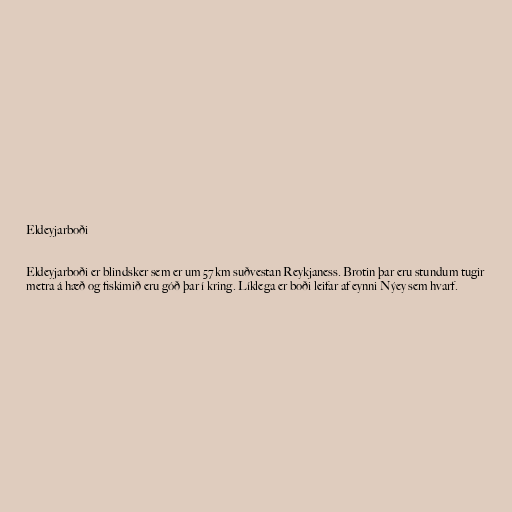
Eldeyjarboði

Eldeyjarboði er blindsker sem er um 57 km suðvestan Reykjaness. Brotin þar eru stundum tugir
metra á hæð og fiskimið eru góð þar í kring. Líklega er boði leifar af eynni Nýey sem hvarf.